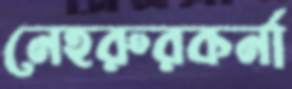
নেহরুরকর্না